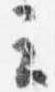
云